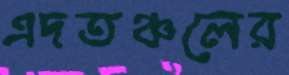
এদতঞ্চলের